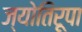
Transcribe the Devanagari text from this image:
ज्योतिरूपा